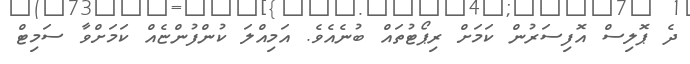
ދެ ޕޮލިސް އޮފިސަރުން ކަމަށް ރިޕޯޓުތައް ބުނެއެވެ. އަމިއްލަ ކުންފުންޏެއް ކަމަށްވާ ސަމިޓް